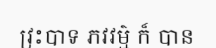
វ្រះបាទ ភវវម៌្ម ក៏ បាន